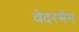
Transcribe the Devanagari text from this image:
वेदरमेन